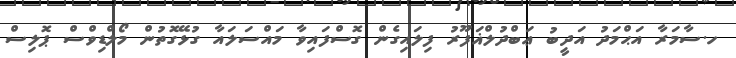
ހ.ސާމަރާ އަޙްމަދު އަދީބު ޢަބްދުލްޣަފޫރު ފިލައިގެން ގޮސްފައިވާ މައްސަލައާ ގުޅޭގޮތުން މޯލްޑިވްސް ޕޮލިސް